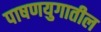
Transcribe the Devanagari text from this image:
पाषणयुगातील